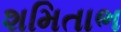
શમિતાભ